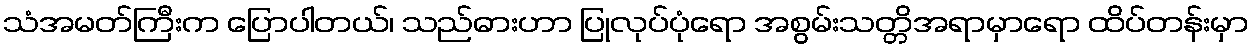
သံအမတ်ကြီးက ပြောပါတယ်၊ သည်ဓားဟာ ပြုလုပ်ပုံရော အစွမ်းသတ္တိအရာမှာရော ထိပ်တန်းမှာ